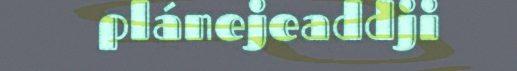
plánejeaddji